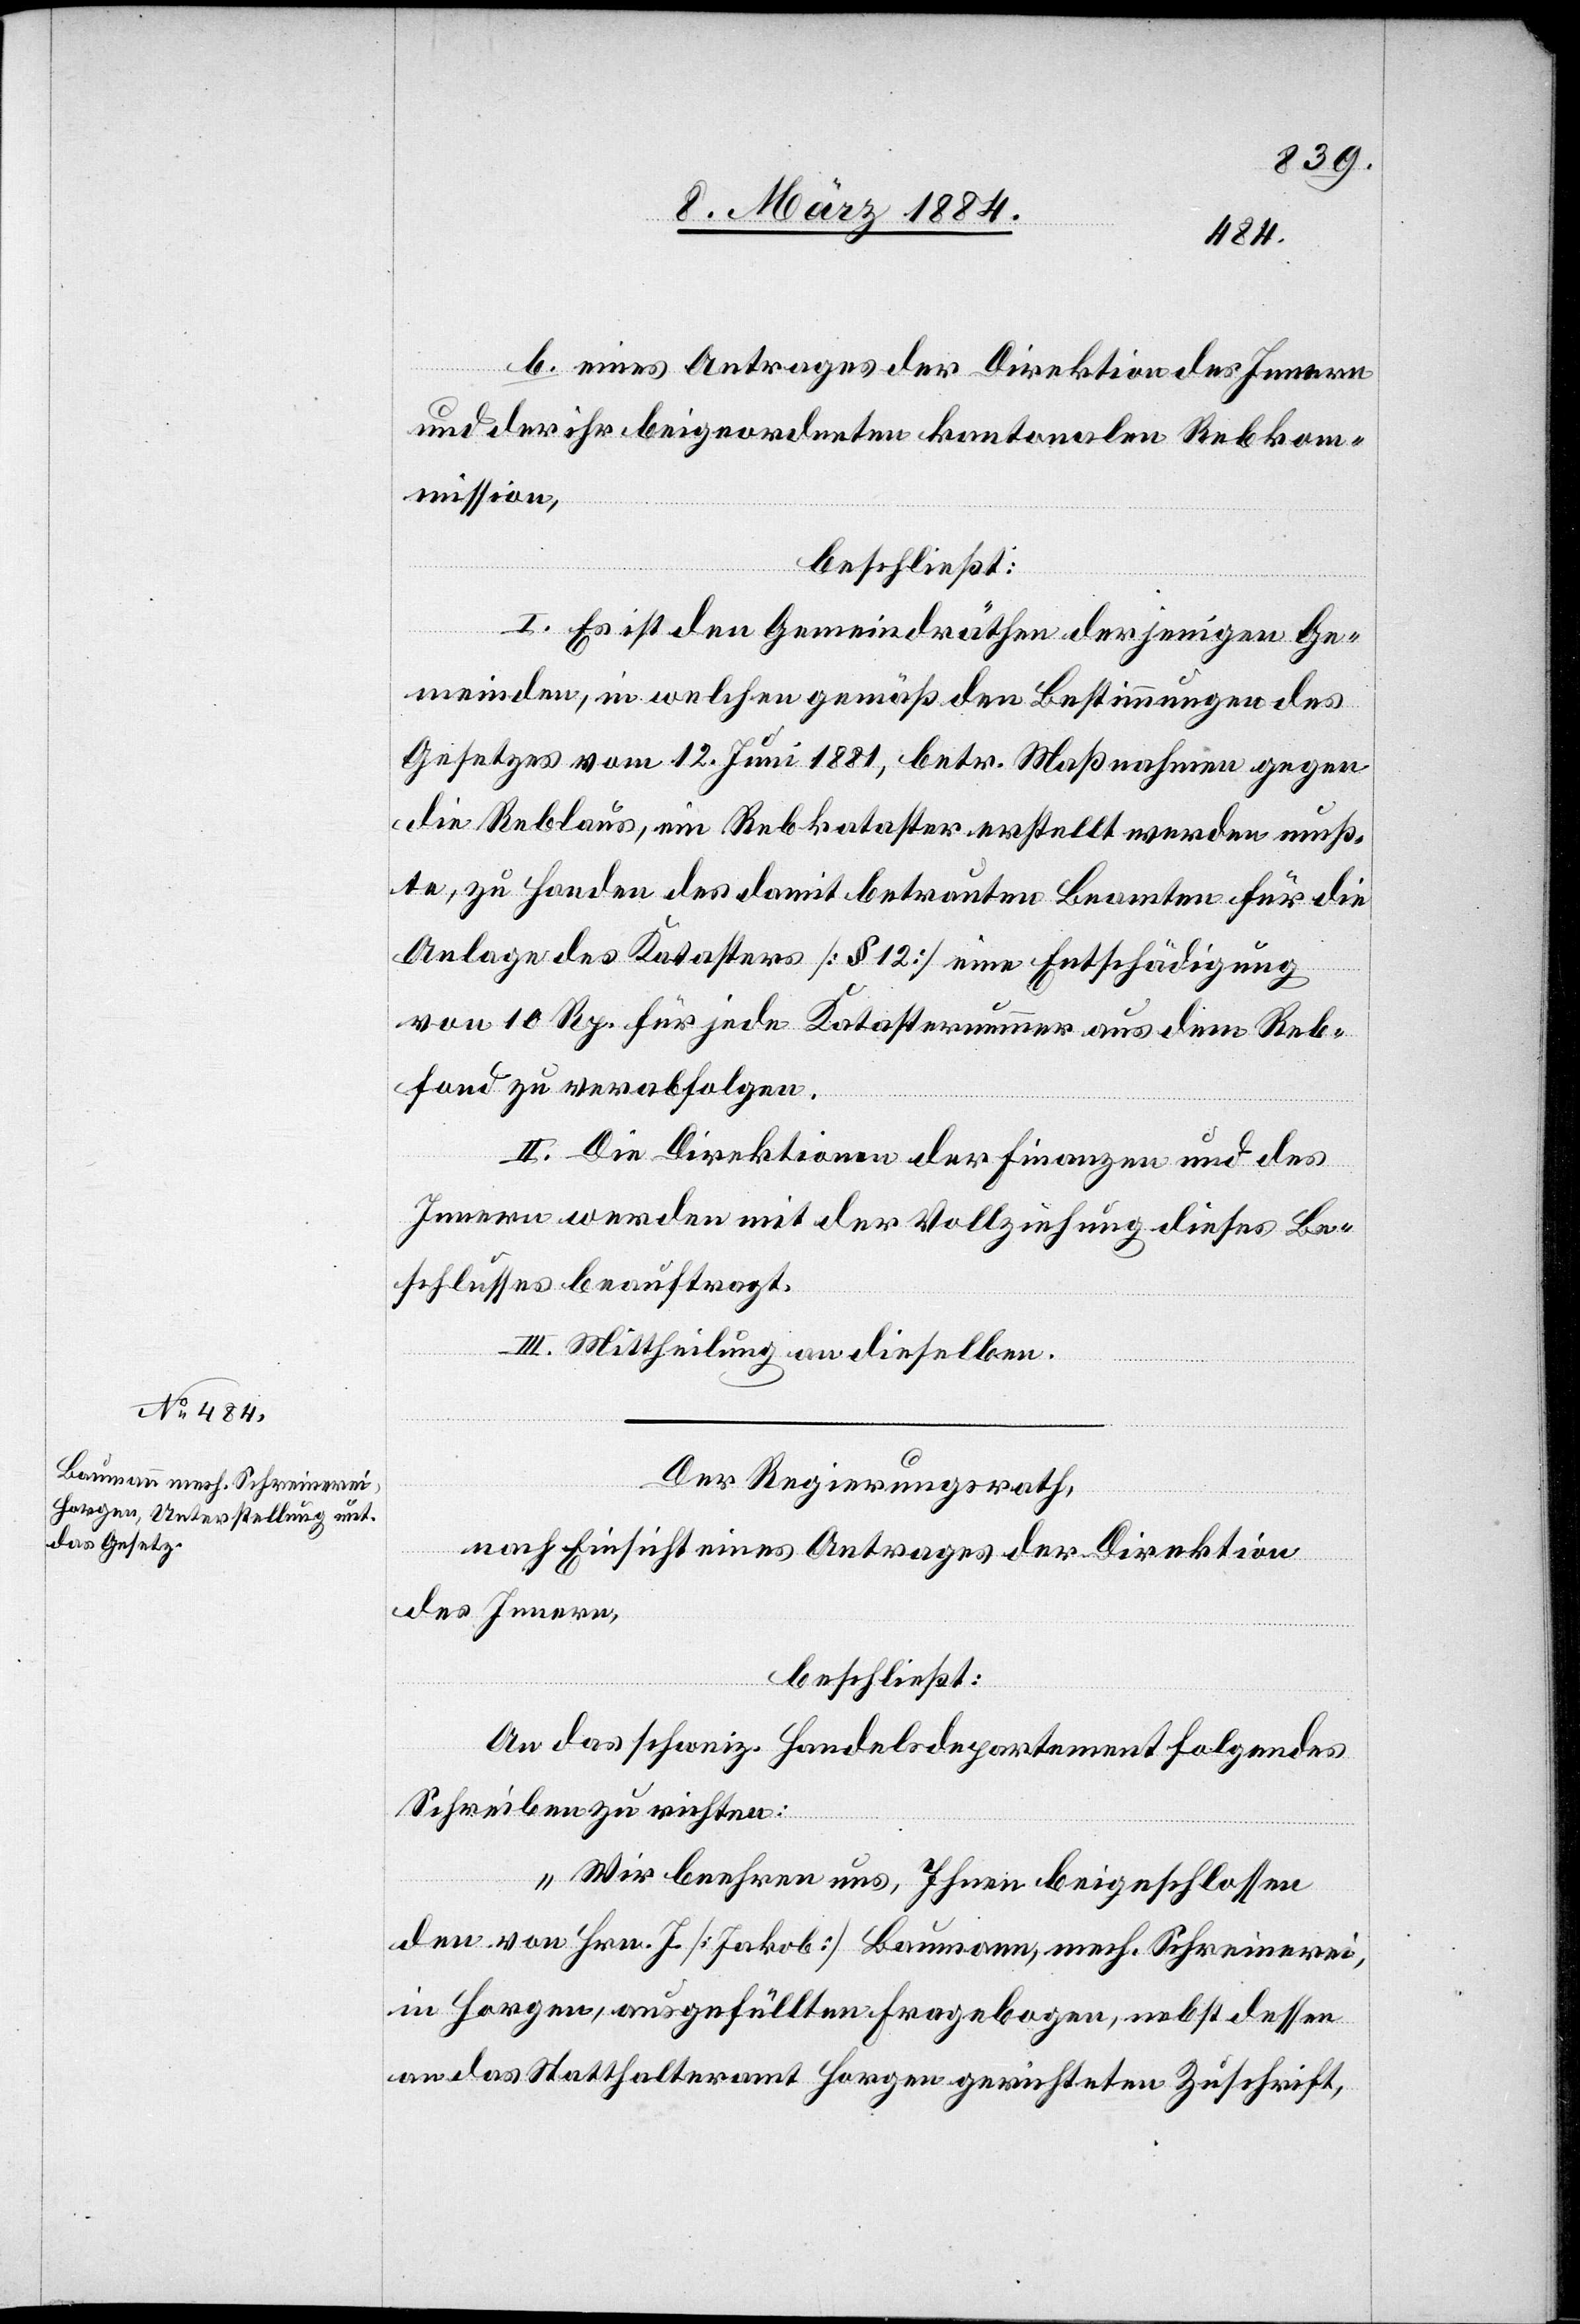
b. eines Antrages der Direktion des Innern
und der ihr beigeordneten kantonalen Rebkom¬
mission,
beschließt:
I. Es ist den Gemeindräthen derjenigen Ge¬
meinden, in welchen gemäß den Bestimmungen des
Gesetzes vom 12. Juni 1881, betr. Maßnahmen gegen
die Reblaus, ein Rebkataster erstellt werden muß¬
te, zu Handen des damit betrauten Beamten für die
Anlage des Katasters [§ 12] eine Entschädigung
von 10 Rp. für jede Katasternummer aus dem Reb¬
fond zu verabfolgen.
II. Die Direktion der Finanzen und des
Innern werden mit der Vollziehung dieses Be¬
schlusses beauftragt.
III. Mittheilung an dieselben.
Der Regierungsrath,
nach Einsicht eines Antrages der Direktion
des Innern,
beschließt:
An das schweiz. Handelsdepartement folgendes
Schreiben zu richten:
„Wir beehren uns, Ihnen beigeschlossen
den von Hrn. J. [Jakob] Baumann, mech. Schreinerei,
in Horgen, ausgefüllten Fragebogen, nebst dessen
an das Statthalteramt Horgen gerichteten Zuschrift,